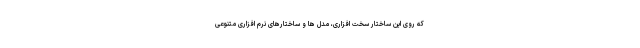
که روی این ساختار سخت افزاری، مدل ها و ساختارهای نرم افزاری متنوعی